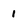
Character: 1